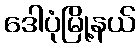
ဒေါပုံမြို့နယ်